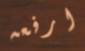
ارفعه